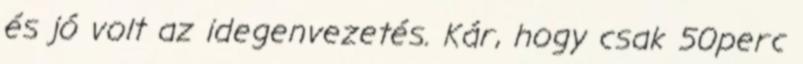
és jó volt az idegenvezetés. Kár, hogy csak 50perc